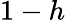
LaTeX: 1-h